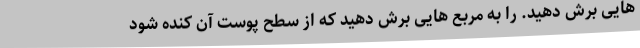
هایی برش دهید. را به مربع هایی برش دهید که از سطح پوست آن کنده شود